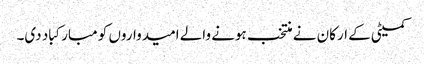
کمیٹی کے ارکان نے منتخب ہونے والے امیدواروں کو مبارکباد دی۔